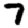
Digit: 7